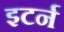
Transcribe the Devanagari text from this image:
इटर्न